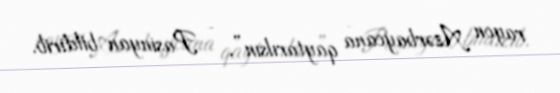
rayon Azərbaycana qaytarılsın”, - Paşinyan bildirib.